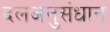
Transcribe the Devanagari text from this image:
दलअनुसंधान